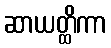
ဆာယတ္ထိကာ